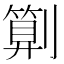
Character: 㔍